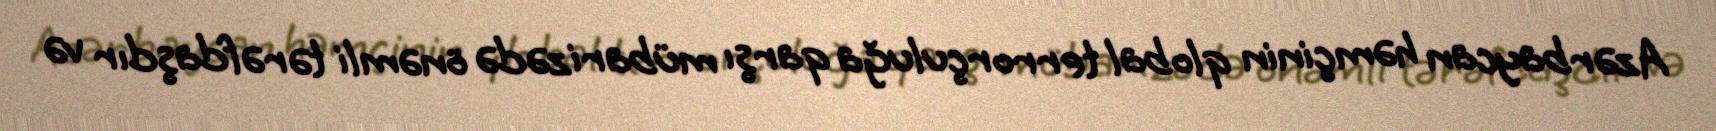
Azərbaycan həmçinin qlobal terrorçuluğa qarşı mübarizədə önəmli tərəfdaşdır və